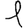
Digit: 1